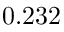
\phantom { - } 0 . 2 3 2